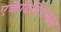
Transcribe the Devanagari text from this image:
एक्रेदितिरंग्स्रत